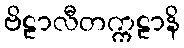
ဗိဠာလီတက္ကဠာနိ